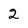
Character: 2